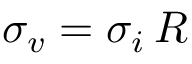
\sigma _ { v } = \sigma _ { i } \, R